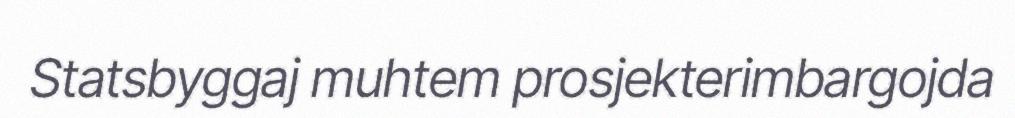
Statsbyggaj muhtem prosjekterimbargojda